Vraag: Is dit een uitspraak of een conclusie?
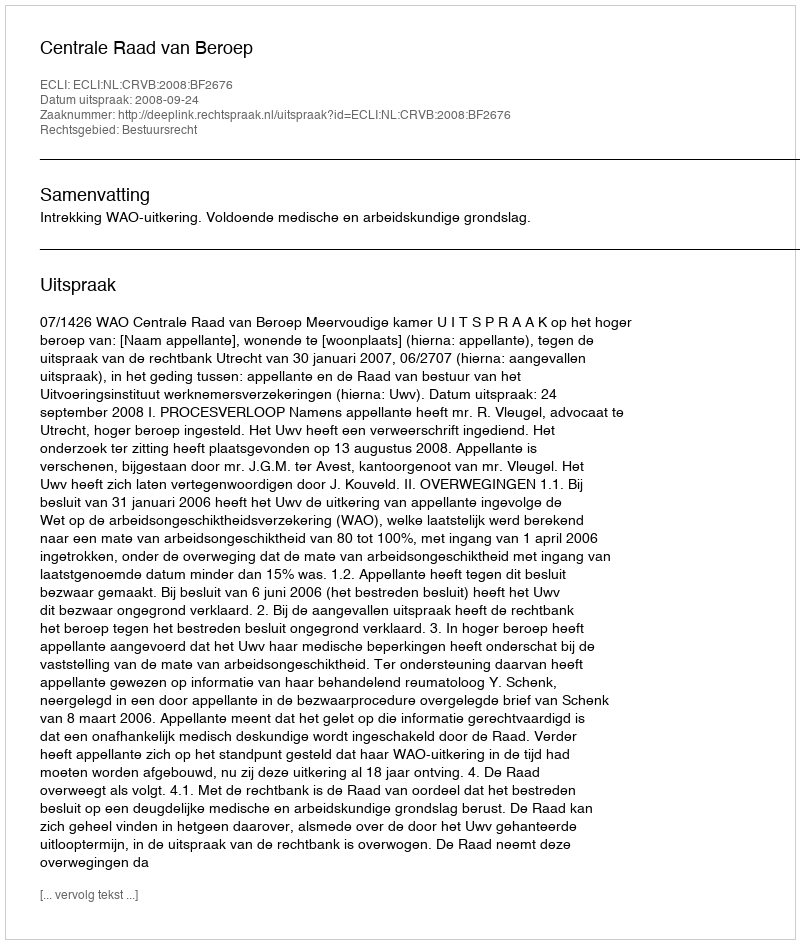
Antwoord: Uitspraak